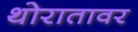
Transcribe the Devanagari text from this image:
थोरातावर